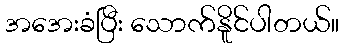
အအေးခံပြီး သောက်နိူင်ပါတယ်။